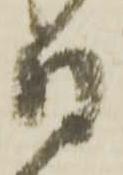
日